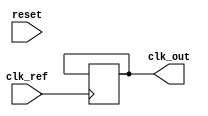
module fractional_PLL (
    input wire clk_ref,         // Reference clock input
    input wire reset,           // Reset signal
    output wire clk_out         // Output clock signal
);

// Parameters
parameter N = 4;              // Integer division factor
parameter FRAC = 2;           // Fractional division factor (e.g., 0.5)
parameter VCO_MAX_FREQ = 100; // Max frequency for VCO
parameter VCO_MIN_FREQ = 10;  // Min frequency for VCO

// Internal signals
reg [7:0] phase_error;        // Phase error signal from PD
reg [7:0] control_voltage;     // Control voltage for VCO
reg [7:0] vco_freq;           // Frequency output from VCO
reg clk_div;                  // Divided clock signal
reg clk_out_reg;              // Output clock register

// Phase Detector (PD)
always @(posedge clk_ref or posedge reset) begin
    if (reset) begin
        phase_error <= 0;
    end else begin
        // Simple phase error calculation (for demonstration)
        // In a real implementation, more complex logic would be needed
        phase_error <= phase_error + 1; // Placeholder for actual phase comparison logic
    end
end

// Loop Filter (LF)
always @(posedge clk_ref or posedge reset) begin
    if (reset) begin
        control_voltage <= 0;
    end else begin
        // Simple first-order filter
        control_voltage <= control_voltage + phase_error; // Proportional component
        // Integrate over time (for demonstration)
        // In a real implementation, you would include more sophisticated filtering
    end
end

// Voltage-Controlled Oscillator (VCO)
always @(posedge clk_ref or posedge reset) begin
    if (reset) begin
        vco_freq <= VCO_MIN_FREQ; // Start at minimum frequency
    end else begin
        // Adjust frequency based on control voltage
        // This is a placeholder; in a real VCO, you'd have a more complex relationship
        vco_freq <= VCO_MIN_FREQ + (control_voltage % (VCO_MAX_FREQ - VCO_MIN_FREQ));
    end
end

// Fractional Divider
always @(posedge clk_ref or posedge reset) begin
    if (reset) begin
        clk_div <= 0;
    end else begin
        // Simple divider logic (N + FRAC)
        if (clk_div == (N + FRAC - 1)) begin
            clk_div <= 0;
            clk_out_reg <= ~clk_out_reg; // Toggle output clock
        end else begin
            clk_div <= clk_div + 1;
        end
    end
end

// Output clock
assign clk_out = clk_out_reg;

endmodule